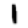
Digit: 1